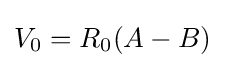
V_{0}=R_{0}(A-B)\,\!